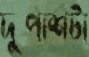
দুপাশটা